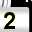
Digit: 2